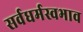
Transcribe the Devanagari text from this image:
सर्वधर्मस्वभाव